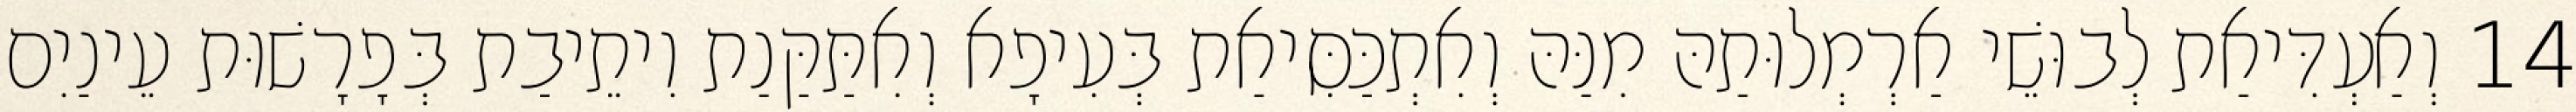
14 וְאַעְדִּיאַת לְבוּשֵׁי אַרְמְלוּתַהּ מִנַּהּ וְאִתְכַּסִּיאַת בְּעִיפָא וְאִתַּקַּנַת וִיתֵיבַת בְּפָרָשׁוּת עֵינַיִם